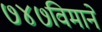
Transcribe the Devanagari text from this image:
७४७विमाने